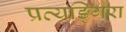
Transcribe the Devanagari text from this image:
प्रत्यङ्गिरा